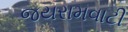
જયરામવાટી